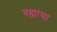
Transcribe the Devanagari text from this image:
वह्यांचा